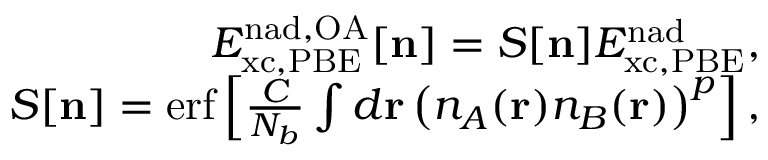
\begin{array} { r } { E _ { \mathrm { x c , P B E } } ^ { \mathrm { n a d , O A } } [ { \bf n } ] = S [ { \bf n } ] E _ { \mathrm { x c , P B E } } ^ { \mathrm { n a d } } , } \\ { S [ { \bf n } ] = \mathrm { e r f } \left[ \frac { C } { N _ { b } } \int d { \bf r } \left( n _ { A } ( { \bf r } ) n _ { B } ( { \bf r } ) \right) ^ { p } \right] , } \end{array}